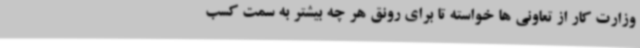
وزارت کار از تعاونی ها خواسته تا برای رونق هر چه بیشتر به سمت کسب